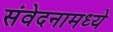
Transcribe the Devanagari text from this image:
संवेदनामध्ये